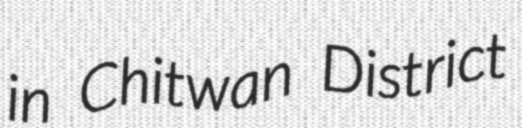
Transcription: in Chitwan District